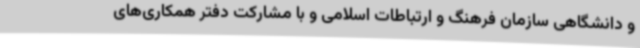
و دانشگاهی سازمان فرهنگ و ارتباطات اسلامی و با مشارکت دفتر همکاری‌های